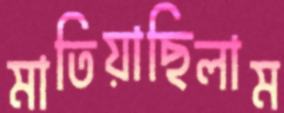
মাতিয়াছিলাম